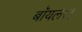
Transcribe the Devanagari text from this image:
बॉयलर।